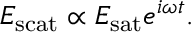
E _ { \mathrm { s c a t } } \propto E _ { \mathrm { s a t } } e ^ { i \omega t } .